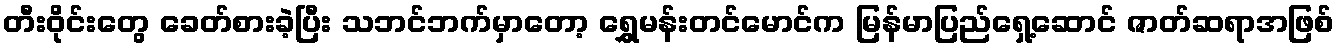
တီးဝိုင်းတွေ ခေတ်စားခဲ့ပြီး သဘင်ဘက်မှာတော့ ရွှေမန်းတင်မောင်က မြန်မာပြည်ရှေ့ဆောင် ဇာတ်ဆရာအဖြစ်